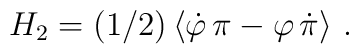
H_2=(1/2)\left\langle \dot{\varphi}\,\pi -\varphi \,\dot{\pi}\right\rangle\,.